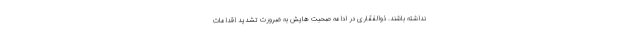
نداشته باشند. ذوالفقاری در ادامه صحبت هایش به ضرورت تشدید اقدامات